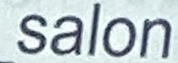
Salon